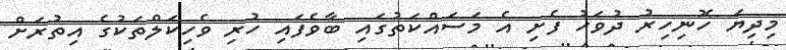
މިދިޔަ ހޮނިހިރު ދުވަހު ފެށި އެ މަސައްކަތުގައި ބާވެފައި ހުރި ވެހިކަލްތަކުގެ އިތުރަށް